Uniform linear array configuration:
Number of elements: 4
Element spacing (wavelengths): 0.5
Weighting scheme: uniform
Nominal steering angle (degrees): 30
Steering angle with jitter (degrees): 31.595
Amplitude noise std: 0.05
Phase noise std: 0.05

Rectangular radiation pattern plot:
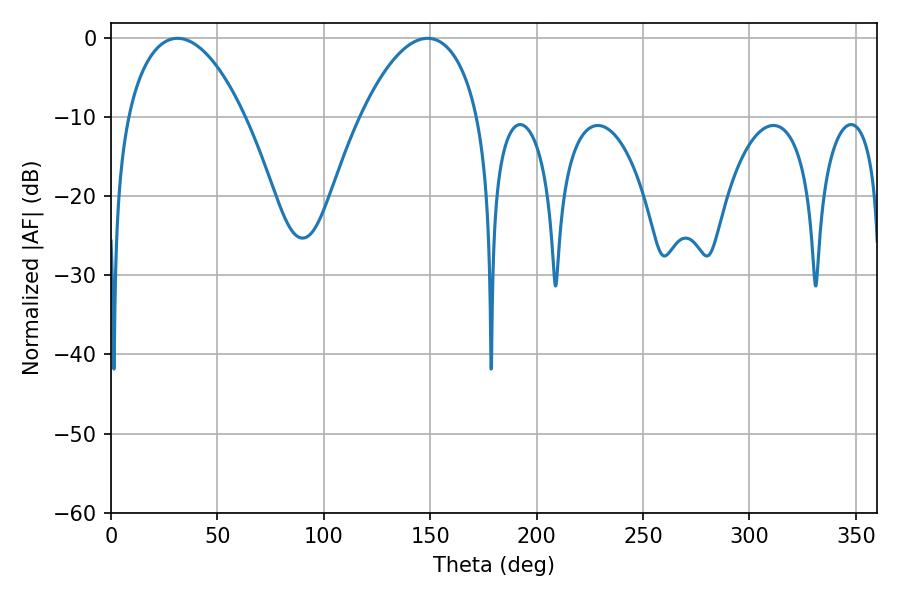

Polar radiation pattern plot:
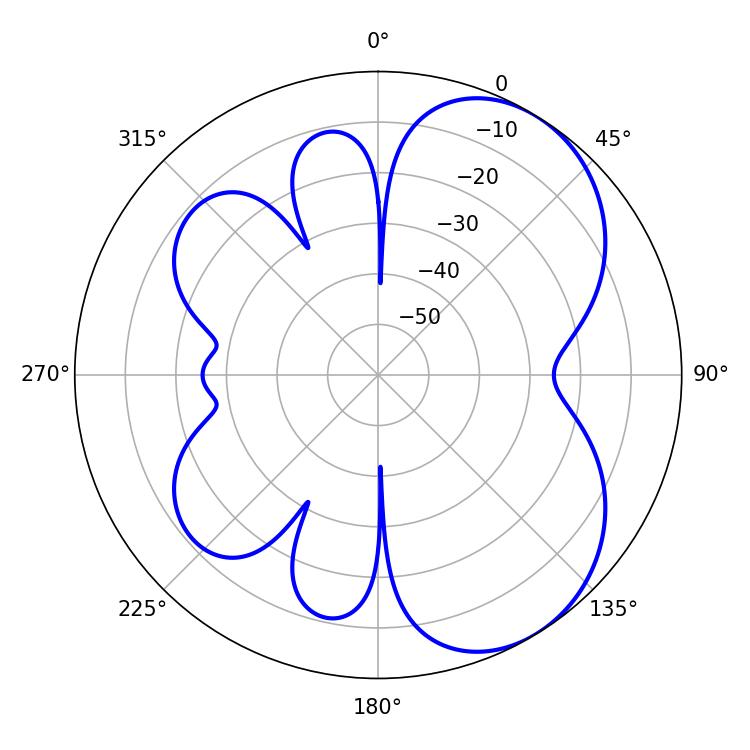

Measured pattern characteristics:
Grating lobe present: FALSE
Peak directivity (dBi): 5.506
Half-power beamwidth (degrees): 30.96
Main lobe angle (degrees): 148.68